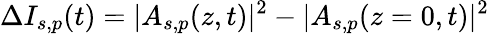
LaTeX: \Delta I_{s,p}(t)=|A_{s,p}(z,t)|^{2}-|A_{s,p}(z=0,t)|^{2}